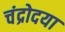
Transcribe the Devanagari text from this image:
चंद्रोदया